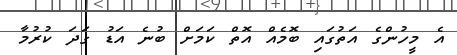
އެ މީހުންގެ އަތުގައި ބޮމެއް އޮތް ކަމަށް ބުނެ އަޑު ގަދަ ކުރުމާ